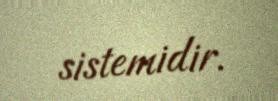
sistemidir.